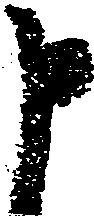
申